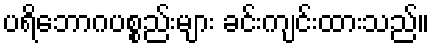
ပရိဘောဂပစ္စည်းများ ခင်းကျင်းထားသည်။